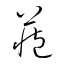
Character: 蔵